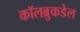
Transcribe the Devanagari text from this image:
कॉलब्रुकडेल